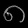
Digit: ၈